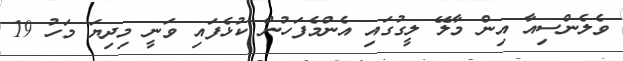
ވެލެންސިއާ އިން މާލޭ ލީގުގައި އެންމެފަހުން ކުޅެފައި ވަނީ މިދިޔަ މަހު 19